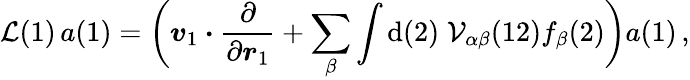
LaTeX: \mathcal{L}(1)\, a(1)=\biggl(\boldsymbol{v}_{1}\boldsymbol{\cdot}\frac{\partial}{\partial\boldsymbol{r}_{1}}+\sum_{\beta}\int\mathrm{d}(2)\; \mathcal{V}_{\alpha\beta}(12)f_{\beta}(2)\biggr)a(1)\, ,